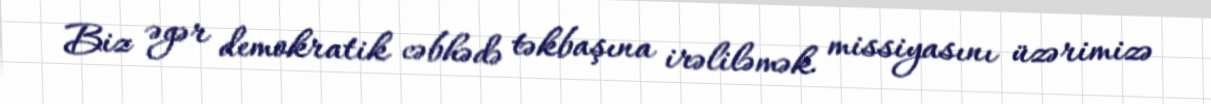
Biz əgər demokratik cəbhədə təkbaşına irəliləmək missiyasını üzərimizə